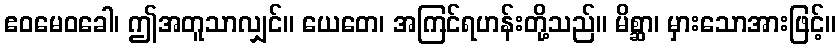
ဧဝမေဝခေါ၊ ဤအတူသာလျှင်။ ယေတေ၊ အကြင်ရဟန်းတို့သည်။ မိစ္ဆာ၊ မှားသောအားဖြင့်။